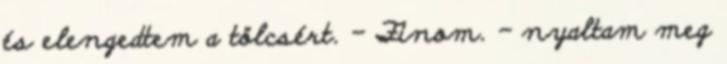
és elengedtem a tölcsért. - Finom. - nyaltam meg